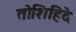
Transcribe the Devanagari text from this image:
तोशिहिदे